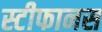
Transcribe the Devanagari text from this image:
स्टीफानस